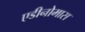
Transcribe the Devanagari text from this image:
एडीनोमास